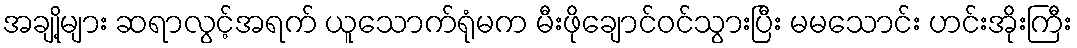
အချို့များ ဆရာလွင့်အရက် ယူသောက်ရုံမက မီးဖိုချောင်ဝင်သွားပြီး မမသောင်း ဟင်းအိုးကြီး